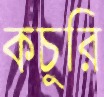
কচুরি